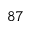
^ { 8 7 }